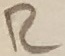
Text: R